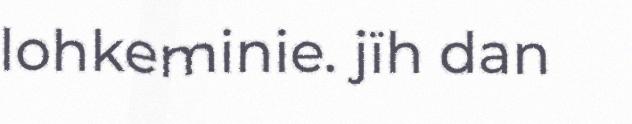
lohkeminie. jïh dan